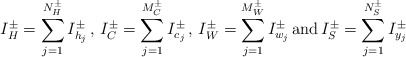
\begin{align*}I^{\pm }_{H}=\sum ^{N^{\pm }_{H}}_{j=1}I_{h_{j}}^{\pm }\, ,\, I^{\pm }_{C}=\sum ^{M^{\pm }_{C}}_{j=1}I_{c_{j}}^{\pm }\, ,\, I^{\pm }_{W}=\sum ^{M^{\pm }_{W}}_{j=1}I_{w_{j}}^{\pm }\, \mathrm{and}\, I^{\pm }_{S}=\sum ^{N^{\pm }_{S}}_{j=1}I_{y_{j}}^{\pm }\end{align*}